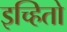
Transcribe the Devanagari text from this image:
इच्हितो